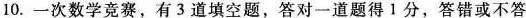
10.一次数学竞赛，有3道填空题，答对一道题得1分，答错或不答